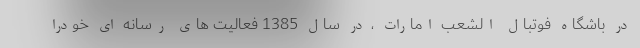
در باشگاه فوتبال الشعب امارات ، در سال 1385 فعالیت های رسانه ای خودرا